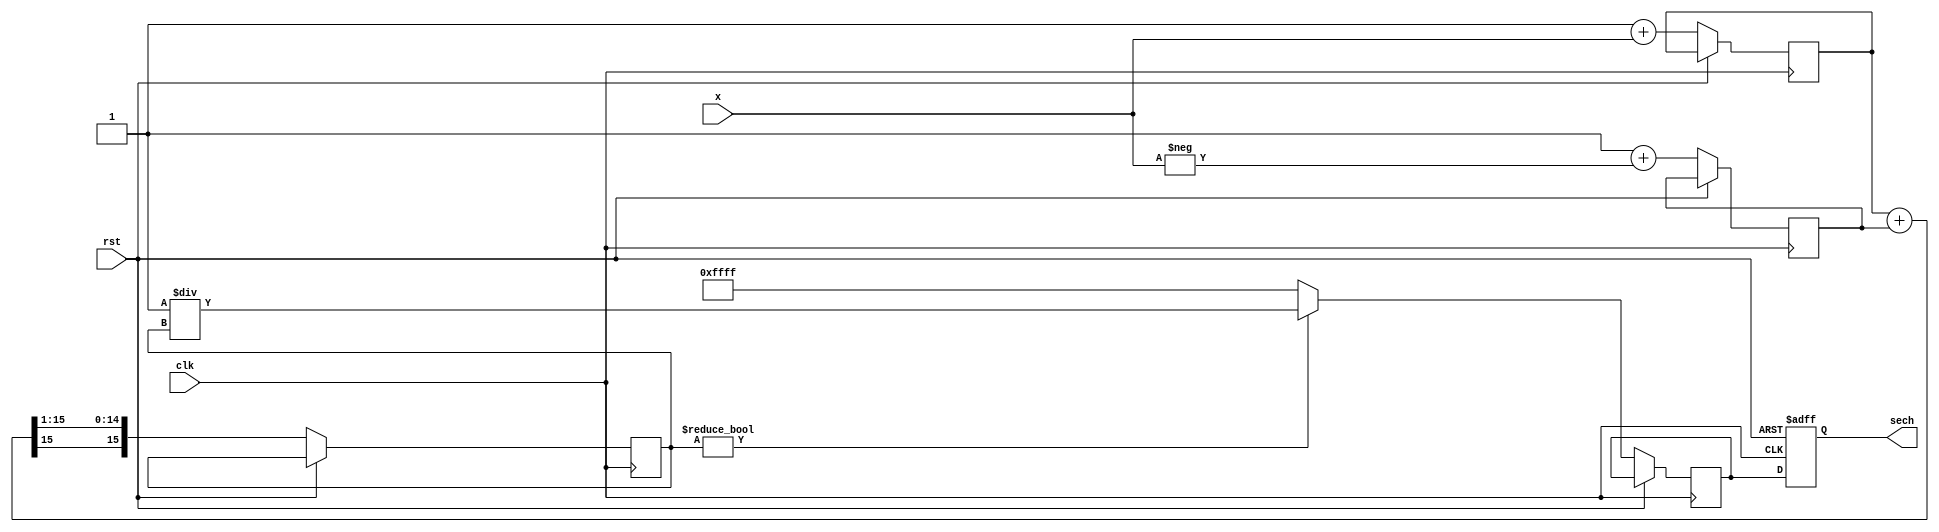
module hyperbolic_secant (
    input signed [15:0] x,          // 16-bit signed input
    output reg signed [15:0] sech,   // 16-bit signed output
    input clk,
    input rst
);

    // Internal signals
    reg signed [15:0] exp_x;
    reg signed [15:0] exp_neg_x;
    reg signed [15:0] cosh_x;
    reg signed [15:0] cosh_x_inv; // Inverse of cosh(x)

    // Exponential function (simplified)
    function signed [15:0] exp_func(input signed [15:0] value);
        begin
            // Simple approximation for e^x (for demonstration)
            exp_func = 16'h0001 + value; // Replace with actual exp calculation
        end
    endfunction

    // Reciprocal function (simplified)
    function signed [15:0] reciprocal(input signed [15:0] value);
        begin
            // Simple approximation for 1/x (for demonstration)
            reciprocal = 16'h0001 / value; // Replace with actual reciprocal calculation
        end
    endfunction

    // Hyperbolic secant calculation
    always @(posedge clk or posedge rst) begin
        if (rst) begin
            sech <= 16'h0000;
        end else begin
            // Calculate e^x and e^(-x)
            exp_x <= exp_func(x);
            exp_neg_x <= exp_func(-x);
            
            // Calculate cosh(x) = (e^x + e^(-x)) / 2
            cosh_x <= (exp_x + exp_neg_x) >>> 1; // Right shift for division by 2
            
            // Calculate sech(x) = 1 / cosh(x)
            if (cosh_x != 0) begin
                cosh_x_inv <= reciprocal(cosh_x);
            end else begin
                cosh_x_inv <= 16'hFFFF; // Handle division by zero
            end
            
            sech <= cosh_x_inv;
        end
    end

endmodule